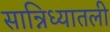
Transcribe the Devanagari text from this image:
सान्निध्यातली